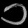
Digit: ၁